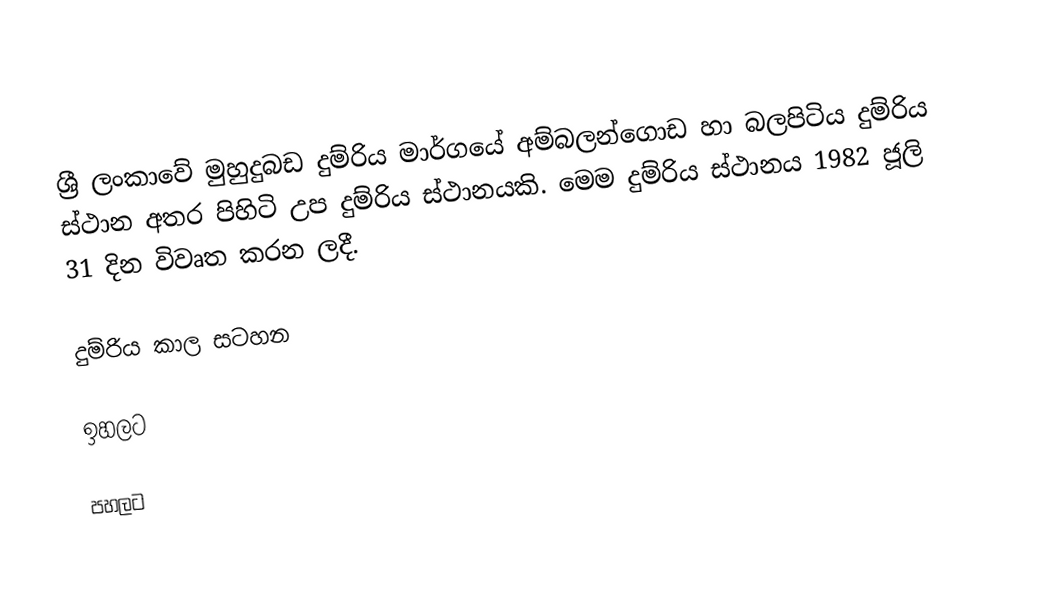
ශ්‍රී ලංකාවේ මුහුදුබඩ දුම්රිය මාර්ගයේ අම්බලන්ගොඩ හා බලපිටිය දුම්රිය ස්ථාන අතර පිහිටි උප දුම්රිය ස්ථානයකි. මෙම දුම්රිය ස්ථානය 1982 ජූලි 31 දින විවෘත කරන ලදී.

දුම්රිය කාල සටහන

ඉහලට

පහලට